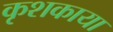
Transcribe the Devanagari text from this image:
कृशकाया